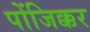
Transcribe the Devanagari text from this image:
पोंजिक्कर